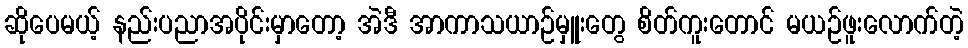
ဆိုပေမယ့် နည်းပညာအပိုင်းမှာတော့ အဲဒီ အာကာသယာဉ်မှူးတွေ စိတ်ကူးတောင် မယဉ်ဖူးလောက်တဲ့